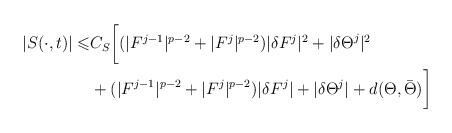
LaTeX: \begin{align*}\begin{aligned}|S(\cdot,t)| \leqslant & C_S \biggl[ (|F^{j-1}|^{p-2}+|F^{j}|^{p-2})|\delta F^j|^2 + |{\delta\Theta}^j|^2 \\ &+(|F^{j-1}|^{p-2}+|F^{j}|^{p-2})|\delta F^j| + |\delta \Theta^j| + d(\Theta,\bar{\Theta}) \biggr]\end{aligned}\end{align*}